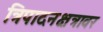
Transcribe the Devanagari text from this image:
त्रिपादनक्षत्रावर